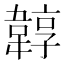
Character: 韕